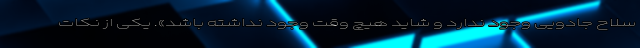
سلاح جادویی وجود ندارد و شاید هیچ وقت وجود نداشته باشد». یکی از نکات